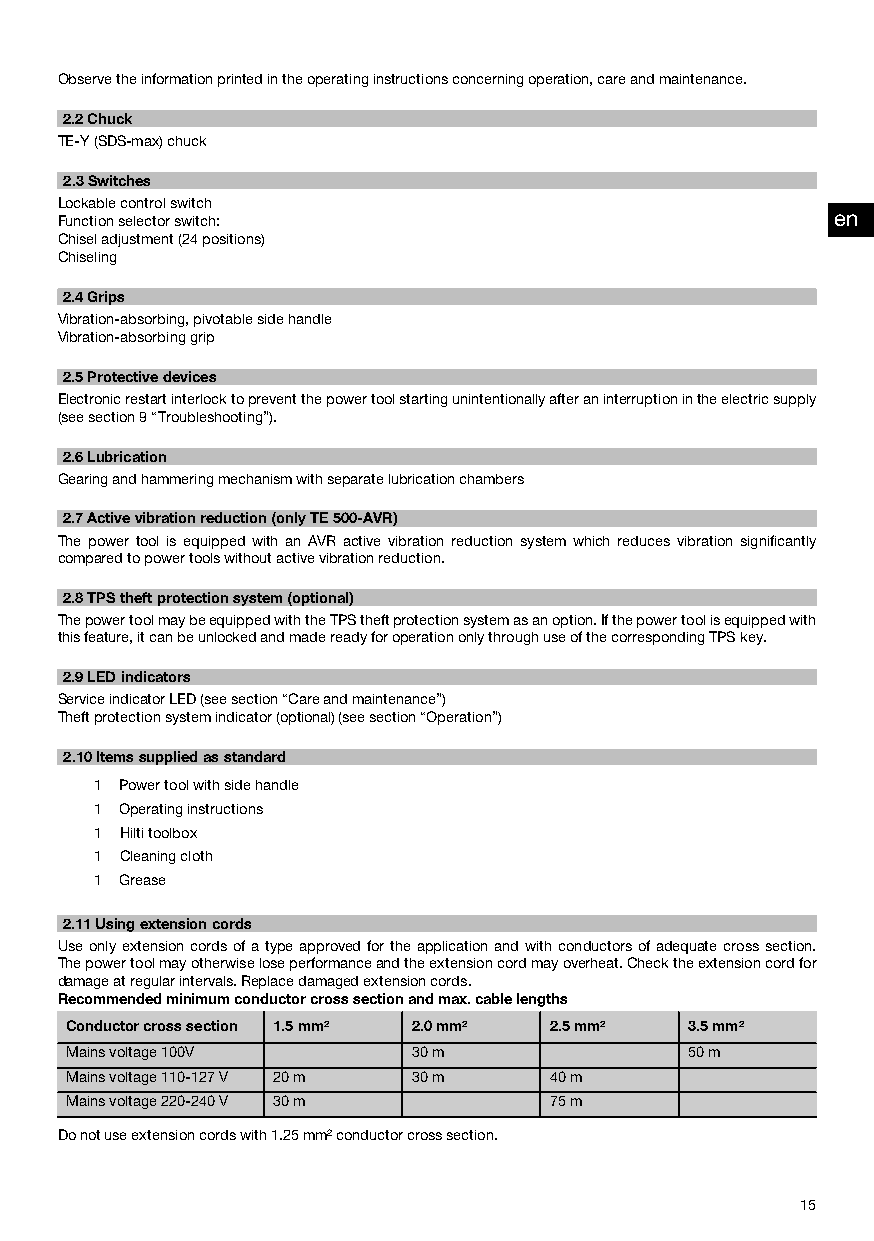
Observetheinformationprintedintheoperatinginstructionsconcerningoperation,careandmaintenance.
 2.2Chuck
 TE‑Y(SDS‑max)chuck
 2.3Switches
 Lockablecontrolswitch
 Functionselectorswitch:                            en
 Chiseladjustment(24positions)
 Chiseling
 2.4Grips
 Vibration-absorbing,pivotablesidehandle
 Vibration-absorbinggrip
 2.5Protectivedevices
 Electronicrestartinterlocktopreventthepowertoolstartingunintentionallyafteraninterruptionintheelectricsupply
 (seesection9“Troubleshooting”).
 2.6Lubrication
 Gearingandhammeringmechanismwithseparatelubricationchambers
 2.7Activevibrationreduction(onlyTE500‑AVR)
 The power tool is equipped with an AVR active vibration reduction system which reduces vibration significantly
 comparedtopowertoolswithoutactivevibrationreduction.
 2.8TPStheftprotectionsystem(optional)
 ThepowertoolmaybeequippedwiththeTPStheftprotectionsystemasanoption.Ifthepowertoolisequippedwith
 thisfeature,itcanbeunlockedandmadereadyforoperationonlythroughuseofthecorrespondingTPSkey.
 2.9LEDindicators
 ServiceindicatorLED(seesection“Careandmaintenance”)
 Theftprotectionsystemindicator(optional)(seesection“Operation”)
 2.10Itemssuppliedasstandard
 1 Powertoolwithsidehandle
 1 Operatinginstructions
 1 Hiltitoolbox
 1 Cleaningcloth
 1 Grease
 2.11Usingextensioncords
 Useonlyextensioncordsofatypeapprovedfortheapplicationandwithconductorsofadequatecrosssection.
 Thepowertoolmayotherwiseloseperformanceandtheextensioncordmayoverheat.Checktheextensioncordfor
 damageatregularintervals.Replacedamagedextensioncords.
 Recommendedminimumconductorcrosssectionandmax.cablelengths
 Conductorcrosssection 1.5mm² 2.0mm² 2.5mm² 3.5mm²
 Mainsvoltage100V      30m                50m
 Mainsvoltage110-127V 20m 30m    40m
 Mainsvoltage220-240V 30m        75m
 Donotuseextensioncordswith1.25mm²conductorcrosssection.
 15
 Printed: 16.05.2014 | Doc-Nr: PUB / 5142390 / 000 / 01